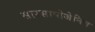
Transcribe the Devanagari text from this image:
सारसापोजेनिन